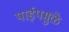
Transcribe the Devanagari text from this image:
पाईपमुळे